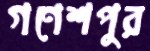
গণেশপুর